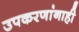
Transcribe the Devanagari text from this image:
उपकरणांनाही